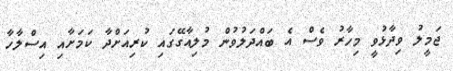
ޖަމީލު ވިދާޅުވީ މިހާރު ވެސް އެ ބައްދަލުވުން މުލިއާގޭގައި ކުރިއަށްދާ ކަމަށާއި އިސްލާހާ